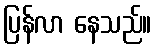
ပြန်လာ နေသည်။